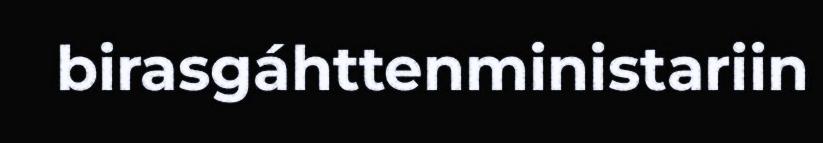
birasgáhttenministariin